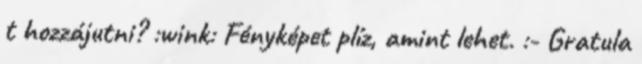
t hozzájutni? :wink: Fényképet plíz, amint lehet. :- Gratula